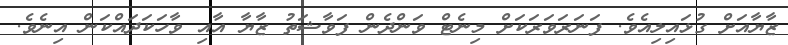
ޒާޔާއަށް ގުޅައިލިއެވެ. ފަނަރަވަރަކަށް މިނެޓް ވަންދެން ފަވާޝަތު ޒާޔާ އާއި ވާހަކަދައްކަން އިނެވެ.